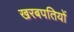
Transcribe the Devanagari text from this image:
खरबपतियों